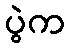
ပွဲက